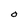
Character: O